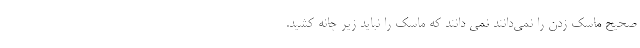
صحیح ماسک زدن را نمی‌دانند نمی دانند که ماسک را نباید زیر چانه کشید.